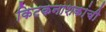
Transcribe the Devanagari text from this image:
किटकनाशकांची